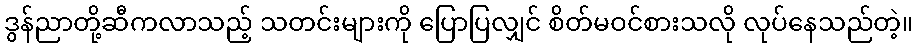
ဒွန်ညာတို့ဆီကလာသည့် သတင်းများကို ပြောပြလျှင် စိတ်မဝင်စားသလို လုပ်နေသည်တဲ့။